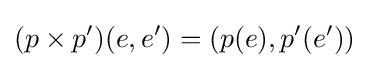
(p\times p')(e,e')=(p(e),p'(e'))